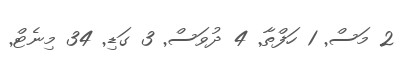
2 މަސް